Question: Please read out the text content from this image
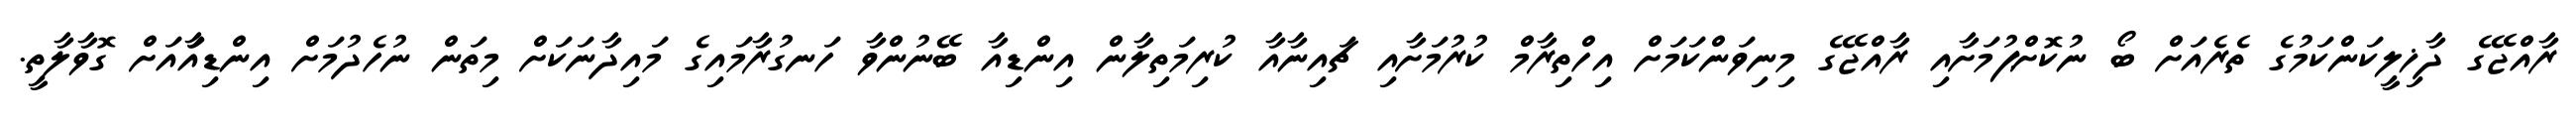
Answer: ރާއްޖޭގެ ދާޚިލީކަންކަމުގެ ތެރެއަށް ބޯ ނުކޮށްޕުމަށާއި ރާއްޖޭގެ މިނިވަންކަމަށް އިހްތިރާމް ކުރުމަށާއި ޗައިނާއާ ކުރިމަތިލާން އިންޑިއާ ބޭނުންވާ ހަނގުރާމައިގެ މައިދާނަކަށް މިތަން ނުހެދުމަށް އިންޑިއާައަށް ގޮވާލާތީ.